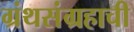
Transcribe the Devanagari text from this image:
ग्रंथसंग्रहाची